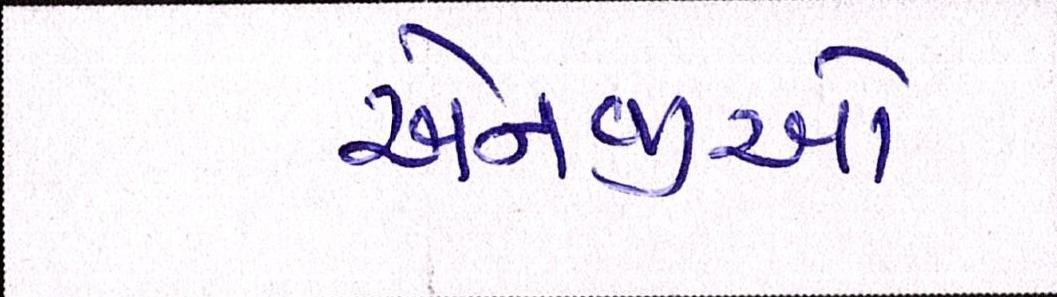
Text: એનજીઓ